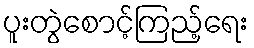
ပူးတွဲစောင့်ကြည့်ရေး